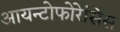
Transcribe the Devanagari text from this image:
आयन्टोफोरेसिस